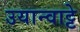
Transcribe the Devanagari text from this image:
उयान्वाट्टे